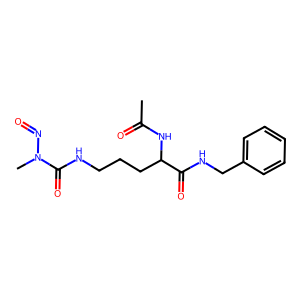
SMILES: CC(=O)NC(CCCNC(=O)N(C)N=O)C(=O)NCc1ccccc1
Inhibits HIV replication: No